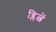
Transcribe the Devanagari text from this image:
ब्लित्जें